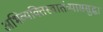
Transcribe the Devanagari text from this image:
अभिव्यक्तिस्वातंत्र्याससुद्धा